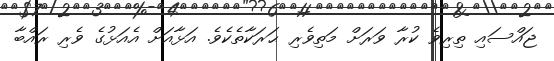
ޖައްސައި ތިރިވެ ކުރާ ވަރަށް މަތިވެރި ޙަރަކާތެކެވެ. އަޅާއަށް އެއަޅުގެ ވެރި ރައްބާ